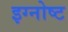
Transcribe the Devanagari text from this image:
इग्नोष्ट